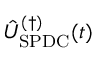
\hat { U } _ { \mathrm { S P D C } } ^ { ( \dagger ) } ( t )